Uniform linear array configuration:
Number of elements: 32
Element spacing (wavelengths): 0.75
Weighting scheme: binomial
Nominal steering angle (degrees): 30
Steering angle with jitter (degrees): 31.643
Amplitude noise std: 0.05
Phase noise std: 0.05

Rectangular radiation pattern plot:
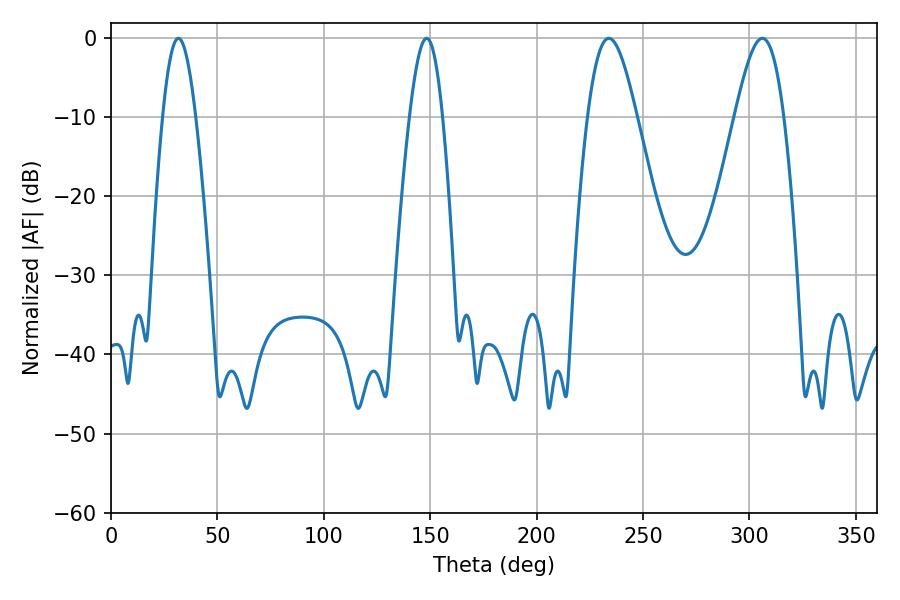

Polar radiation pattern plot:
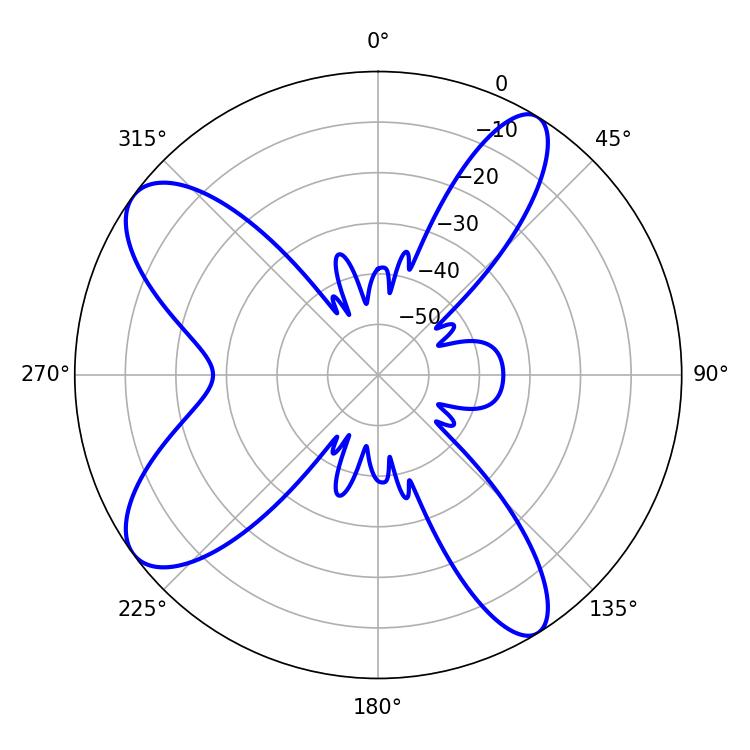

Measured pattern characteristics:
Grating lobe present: TRUE
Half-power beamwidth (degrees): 8.46
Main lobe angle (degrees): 31.68